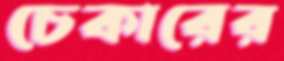
চেকারের